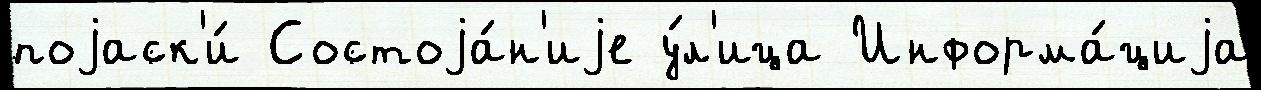
поjаск'и́ Состоjа́н'иjе у́л'ица Информа́циjа